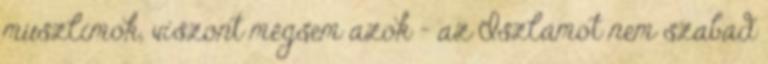
muszlimok, viszont mégsem azok - az Iszlámot nem szabad